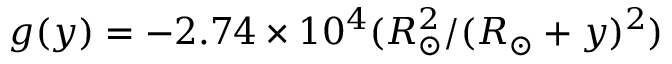
g ( y ) = - 2 . 7 4 \times 1 0 ^ { 4 } ( R _ { \odot } ^ { 2 } / ( R _ { \odot } + y ) ^ { 2 } )